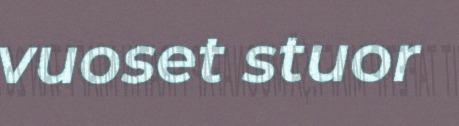
vuoset stuor